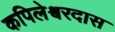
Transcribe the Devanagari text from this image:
कपिलेश्वरदास